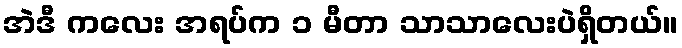
အဲဒီ ကလေး အရပ်က ၁ မီတာ သာသာလေးပဲရှိတယ်။